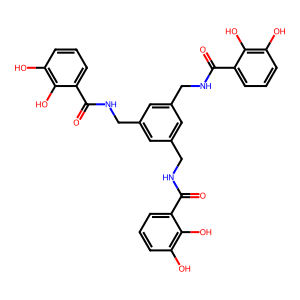
SMILES: O=C(NCc1cc(CNC(=O)c2cccc(O)c2O)cc(CNC(=O)c2cccc(O)c2O)c1)c1cccc(O)c1O
Inhibits HIV replication: No